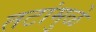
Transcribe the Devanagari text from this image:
तटांमुळे